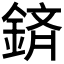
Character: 𮢕